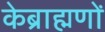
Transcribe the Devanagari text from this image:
केब्राह्मणों